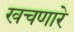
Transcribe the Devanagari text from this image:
खचणारे